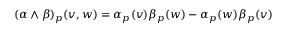
( \alpha \wedge \beta ) _ { p } ( v , w ) = \alpha _ { p } ( v ) \beta _ { p } ( w ) - \alpha _ { p } ( w ) \beta _ { p } ( v )